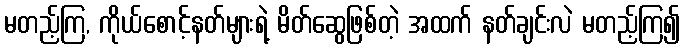
မတည့်ကြ, ကိုယ်စောင့်နတ်များရဲ့ မိတ်ဆွေဖြစ်တဲ့ အထက် နတ်ချင်းလဲ မတည့်ကြ၍